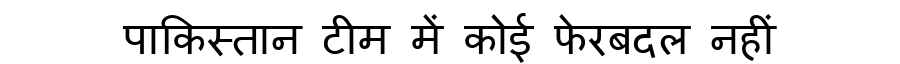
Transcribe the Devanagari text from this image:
पाकिस्तान टीम में कोई फेरबदल नहीं